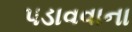
પડાવવાના